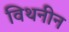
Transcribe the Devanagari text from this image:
विथनीन